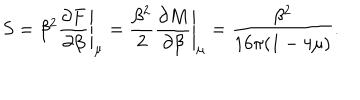
LaTeX: S = \beta ^ { 2 } \left. { \frac { \partial F } { \partial \beta } } \right| _ { \mu } = { \frac { \beta ^ { 2 } } { 2 } } \left. { \frac { \partial M } { \partial \beta } } \right| _ { \mu } = { \frac { \beta ^ { 2 } } { 1 6 \pi ( 1 - 4 \mu ) } } .